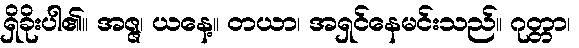
ရှိခိုးပါ၏။ အဇ္ဇ၊ ယနေ့။ တယာ၊ အရှင်နေမင်းသည်။ ဂုတ္တာ၊